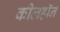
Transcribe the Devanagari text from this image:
कीलहॉर्न